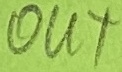
Text: OUT